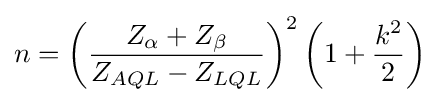
n=\left({\frac {Z_{\alpha }+Z_{\beta }}{Z_{AQL}-Z_{LQL}}}\right)^{2}\left(1+{\frac {k^{2}}{2}}\right)